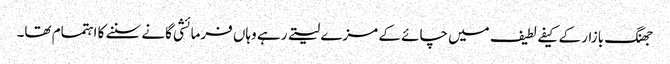
جھنگ بازار کے کیفے لطیف میں چائے کے مزے لیتے رہے وہاں فرمائشی گانے سننے کا اہتمام تھا۔